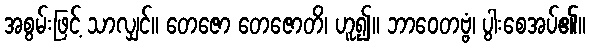
အစွမ်းဖြင့် သာလျှင်။ တေဇော တေဇောတိ၊ ဟူ၍။ ဘာဝေတဗ္ဗံ၊ ပွါးစေအပ်၏။